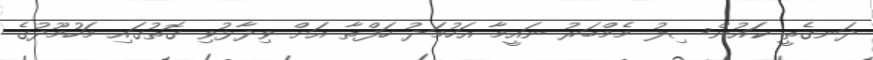
ދަނގެތީ ކައުންސިލު މެމްބަރު ނައީމާ އަހުމަދު ހަފްތާ އަށް ވިދާޅުވި ގޮތުގައި މަހުމޫދުގެ